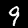
Digit: 9